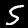
Digit: 5